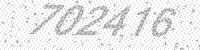
Solution: 702416